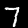
Label: 7